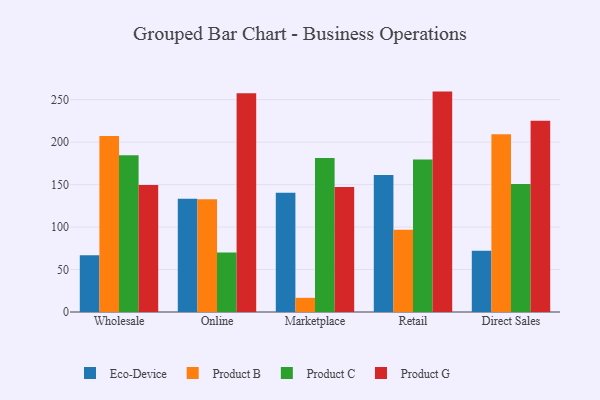
{"axis": {"x": "Channel", "y": "Energy Usage (MWh)"}, "legend": ["Eco-Device", "Product B", "Product C", "Product G"], "data": [{"x": "Wholesale", "y": 66.8, "type": "Eco-Device"}, {"x": "Wholesale", "y": 207.3, "type": "Product B"}, {"x": "Wholesale", "y": 184.6, "type": "Product C"}, {"x": "Wholesale", "y": 149.4, "type": "Product G"}, {"x": "Online", "y": 133.4, "type": "Eco-Device"}, {"x": "Online", "y": 132.8, "type": "Product B"}, {"x": "Online", "y": 70.0, "type": "Product C"}, {"x": "Online", "y": 257.5, "type": "Product G"}, {"x": "Marketplace", "y": 140.4, "type": "Eco-Device"}, {"x": "Marketplace", "y": 16.7, "type": "Product B"}, {"x": "Marketplace", "y": 181.2, "type": "Product C"}, {"x": "Marketplace", "y": 147.1, "type": "Product G"}, {"x": "Retail", "y": 161.3, "type": "Eco-Device"}, {"x": "Retail", "y": 96.9, "type": "Product B"}, {"x": "Retail", "y": 179.7, "type": "Product C"}, {"x": "Retail", "y": 259.5, "type": "Product G"}, {"x": "Direct Sales", "y": 72.0, "type": "Eco-Device"}, {"x": "Direct Sales", "y": 209.3, "type": "Product B"}, {"x": "Direct Sales", "y": 150.8, "type": "Product C"}, {"x": "Direct Sales", "y": 225.1, "type": "Product G"}]}